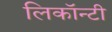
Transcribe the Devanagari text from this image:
लिकॉन्टी